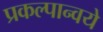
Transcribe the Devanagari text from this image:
प्रकल्पान्वये